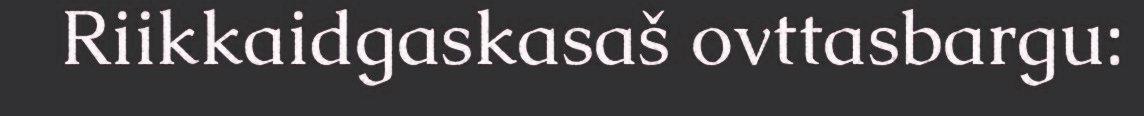
Riikkaidgaskasaš ovttasbargu: